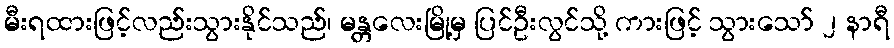
မီးရထားဖြင့်လည်းသွားနိုင်သည်၊ မန္တလေးမြို့မှ ပြင်ဦးလွင်သို့ ကားဖြင့် သွားသော် ၂ နာရီ